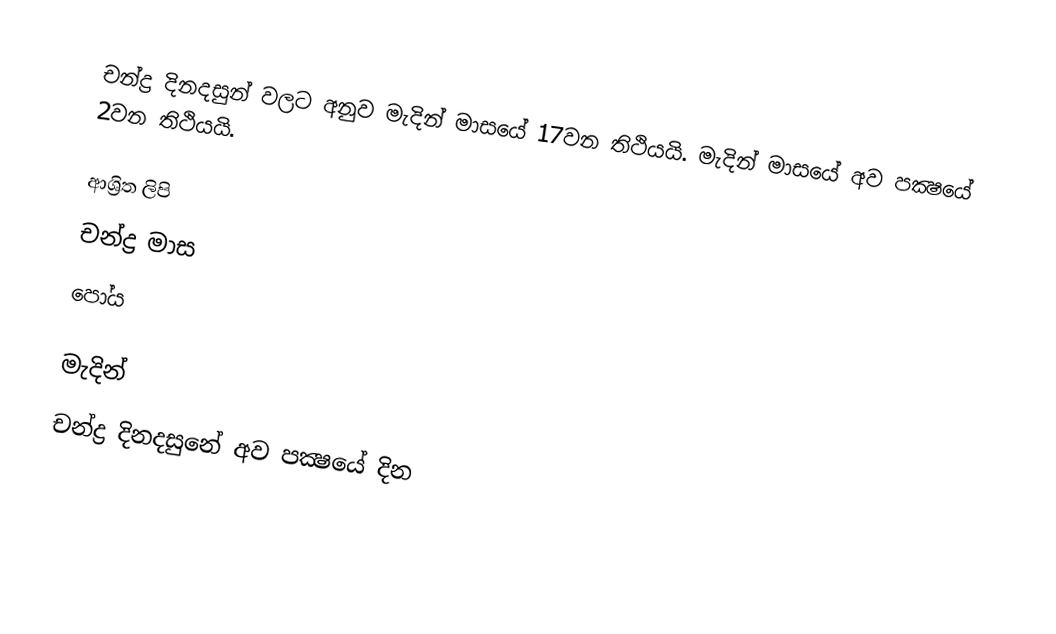
චන්ද්‍ර දිනදසුන් වලට අනුව මැදින් මාසයේ 17වන තිථියයි. මැදින් මාසයේ අව පක්‍ෂයේ 2වන තිථියයි.

ආශ්‍රිත ලිපි
 චන්ද්‍ර මාස
 පෝය

මැදින්
චන්ද්‍ර දිනදසුනේ අව පක්‍ෂයේ දින